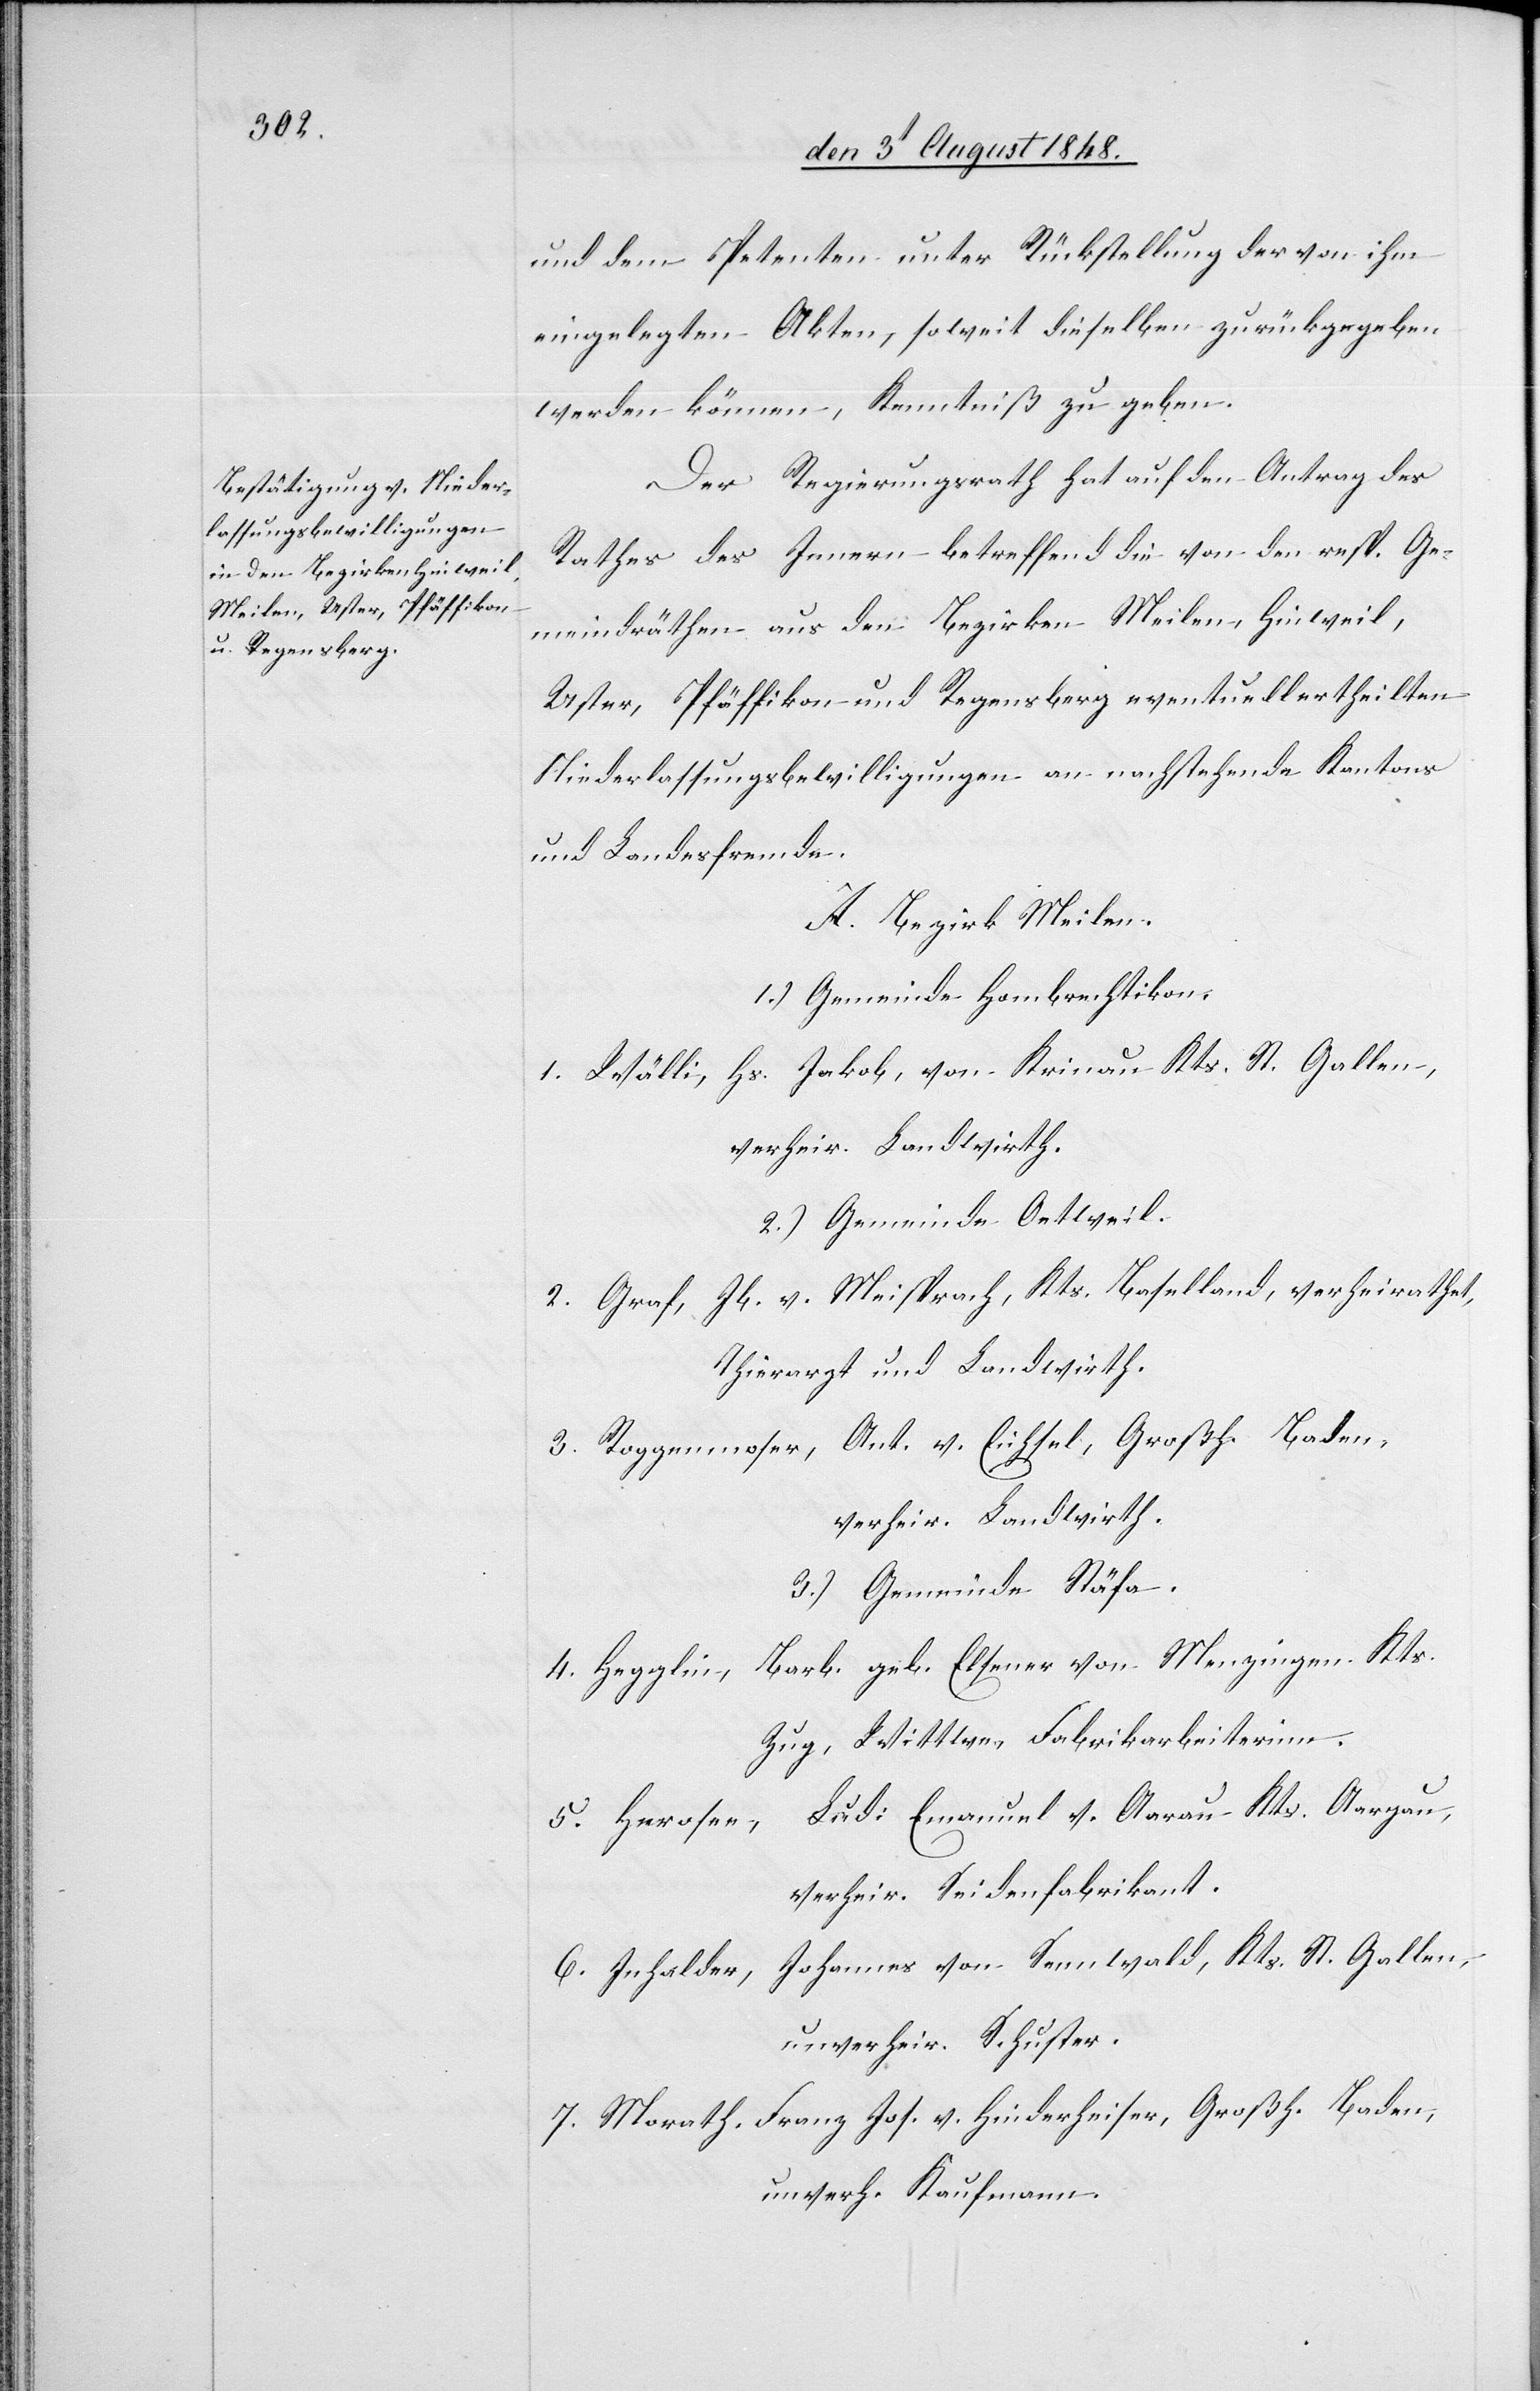
und dem Petenten unter Rückstellung der von ihm
eingelegten Akten, soweit dieselben zurückgegeben
werden können, Kenntniß zu geben.
Der Regierungsrath hat auf den Antrag des
Rathes des Innern betreffend die von den resp. Ge¬
meindräthen aus den Bezirken Meilen, Hinweil,
Uster, Pfäffikon und Regensberg eventuell ertheilten
Niederlassungsbewilligungen an nachstehende Kantons
und Landesfremde
A. Bezirk Meilen.
1.) Gemeinde Hombrechtikon.
1. Wälli, Hs. Jakob, von Krinau Kts. St. Gallen,
verheir. Landwirth.
2.) Gemeinde Oetweil.
2. Graf, Jb. v. Meisprach, Kts. Baselland, verheirathet,
Thierarzt und Landwirth.
3. Roggenmoser, Ant. v. Eichsel, Großh. Baden,
verheir. Landwirth.
3.) Gemeinde Stäfa.
Barb. geb. Elsener von Menzingen Kts.
4. Hegglin,
Zug, Wittwe, Fabrikarbeiterinn.
Lud: Emanuel v. Aarau Kts. Aargau,
5. Herosee,
verheir. Seidenfabrikant.
6. Inhalder, Johannes von Sennwald, Kts. St. Gallen,
unverheir. Schuster.
7. Morath, Franz Jos. v. Hinderheiser, Großh. Baden,
unverh. Kaufmann.